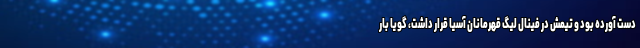
دست آورده بود و تیمش در فینال لیگ قهرمانان آسیا قرار داشت، گویا بار